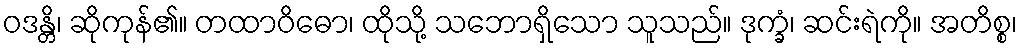
ဝဒန္တိ၊ ဆိုကုန်၏။ တထာဝိဓော၊ ထိုသို့ သဘောရှိသော သူသည်။ ဒုက္ခံ၊ ဆင်းရဲကို။ အတိစ္စ၊